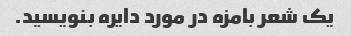
یک شعر بامزه در مورد دایره بنویسید.